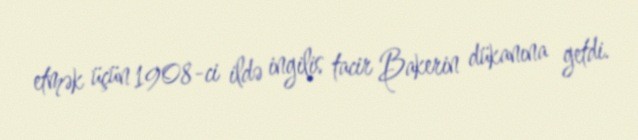
etmək üçün 1908-ci ildə ingilis tacir Bakerin dükanına getdi.